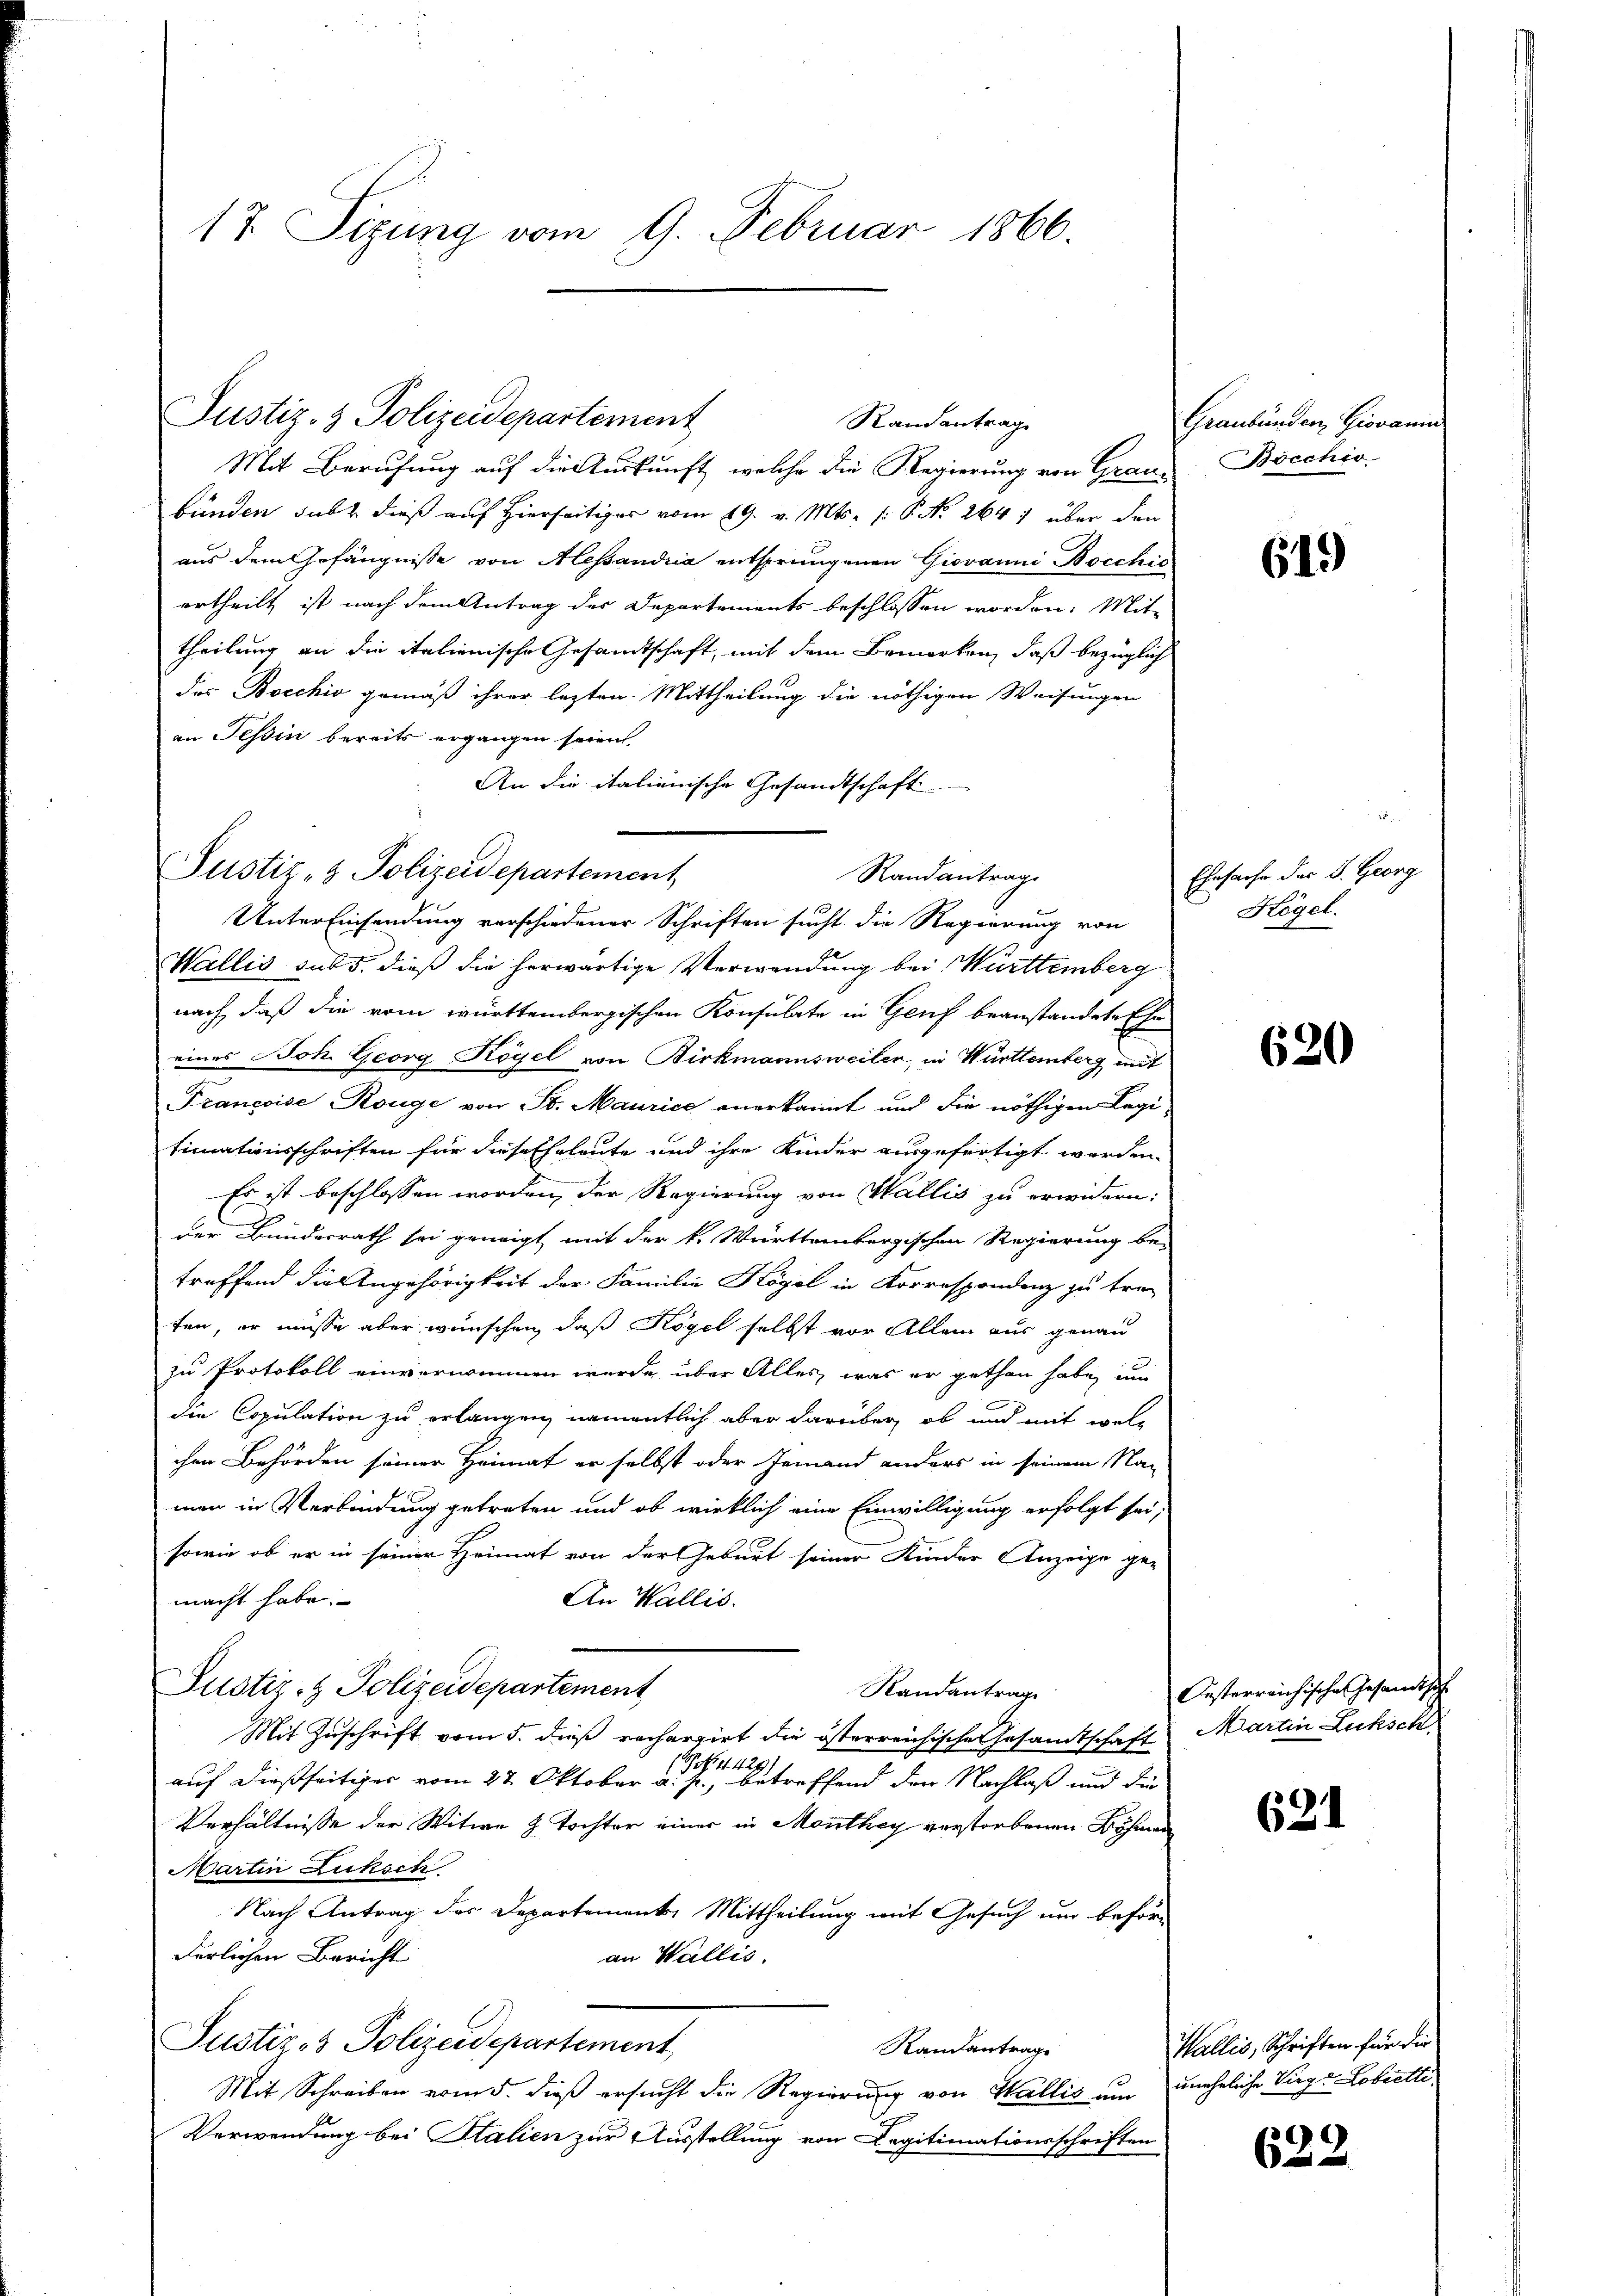
17. Sizung vom 9. Februar 1866.

Justiz- & Polizeidepartement

Justiz- & Polizeidepartement

Randantrage

Mit Berufung auf die Auskunft, welche die Regierung von Grau-
bünden, daß dieß auf Hierseitiger vom 19. v. Mts. f. P. Nr. 264 1 über den
aus dem Gefängnisse von Alessandria entsprungenen Giovanni Bocchis
urtheilt ist nach dem Antrag der Departements beschlossen worden. Mit
theilung an die italienische Gesandtschaft, mit dem Bemerken, daß bezüglich
des Bocchio gemäß ihrer lezten Mittheilung die nöthigen Weisungen
an Tessin bereits ergangen seien.
An die italienische Gesandtschaft
Randantrage
Unter Einsendung verschiedener Schriften sucht die Regierung von
Wallis sub 5. dieß die herwärtige Verwendung bei Württemberg
nach, daß die vom württembergischen Konsulate in Genf beanstandete Ehe
eines Joh. Georg Kögel von Birkmannsweiler, in Württemberg mit
Françoise Rouge von St. Maurice anerkannt und die nöthigen Legi-
timationsschriften für diese Eheleute und ihre Kinder ausgefertigt worden
Es ist beschlossen worden, der Regierung von Wallis zu erwidern:
der Bundesrath sei geneigt, mit der k. Württembergischen Regierung be-
treffend die Angehörigkeit der Familie Högel in Korrespondenz zu tra-
fen, er müsse aber wünschen, daß Kogel selbst vor Allem aus genau
zu Protokoll einvernommen wurde über Alles, was er gethan habe, um
die Copulation zu erlangen, namentlich aber darüber, ob und mit welchen Behörden seiner Heimat er selbst oder Jemand anders in seinem Na-
man in Verbindung getreten und ob wirklich eine Einwilligung erfolgt sei;
sowie ob er in seiner Heimat von der Geburt seiner Kinder Anzeige ge-
An Wallis.
macht habe.
Justiz- & Polizeidepartement
Randantrage
Mit Zuschrift vom 5. dieß rechargirt die österreichische Gesandtschaft Martin Lucksch
(S. 1429)
auf dießseitiger vom 27. Oktober a. p., betreffend den Nachlaß und die
Verhältnisse der Witwe h. Tochter einer in Monthey verstorbenen Böhmen
Martin Luksch
Nach Antrag des Departemente Mittheilung mit Gesuch um beför-
derlichen Bericht
an Wallis.
Justiz- & Polizeidepartement
Randantrage
Mit Schreiben vom 5. dieß ersucht die Regierung von Wallis um uneheliche Virg-Lobrette
Verwendung bei Stalien zur Ausstellung von Legitimationsschriften

Graubünden Giovanin
Bocchio

619)

Ehesache des S. Georg
Högel.

620

Festerreichische Gesandtsch

621

Wallis, Schriften für die

632